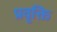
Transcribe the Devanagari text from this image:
प्रवृक्ति